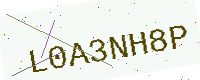
Text: L0A3NH8P